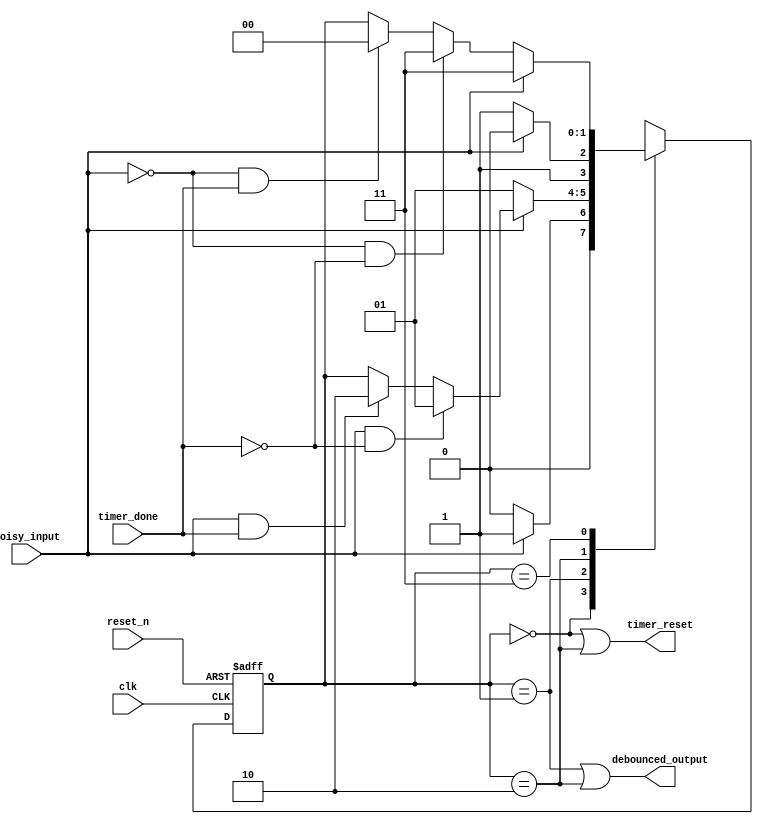
module debouncer_early_fsm(
    // MOORE FSM
    input clk,
    input reset_n,
    input noisy_input,
    input timer_done,
    output timer_reset,
    output debounced_output
    );
    
    reg [1 : 0] state_reg, state_next;
    
    parameter s0 = 0;
    parameter s1 = 1;
    parameter s2 = 2;
    parameter s3 = 3;
    
    // Sequential state register
    always @(posedge clk, negedge reset_n)
    begin
        if (~reset_n)
            state_reg <= 0;
        else
            state_reg <= state_next;
    end
    
    // Next state logic
    always @(*)
    begin
        state_next = state_reg;
        case(state_reg)
            s0: if (~noisy_input)
                    state_next = s0;
                else if (noisy_input)
                    state_next = s1;
            s1: if (~noisy_input)
                    state_next = s1;
                else if (noisy_input & ~timer_done)
                    state_next = s1;
                else if (noisy_input & timer_done)
                    state_next = s2;
            s2: if (~noisy_input)
                    state_next = s3;
                else if (noisy_input)
                    state_next = s2;
            s3: if (noisy_input)
                    state_next = s3;
                else if (~noisy_input & ~timer_done)
                    state_next = s3;
                else if (~noisy_input & timer_done)
                    state_next = s0;
            default: state_next = s0;                                             
        endcase
    end
    
    // Output logic
    assign timer_reset = (state_reg == s0) | (state_reg == s2);
    assign debounced_output = (state_reg == s1) | (state_reg == s2);
    
endmodule